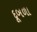
દૂબળા